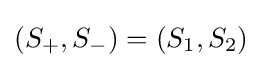
(S_{+},S_{-})=(S_{1},S_{2})